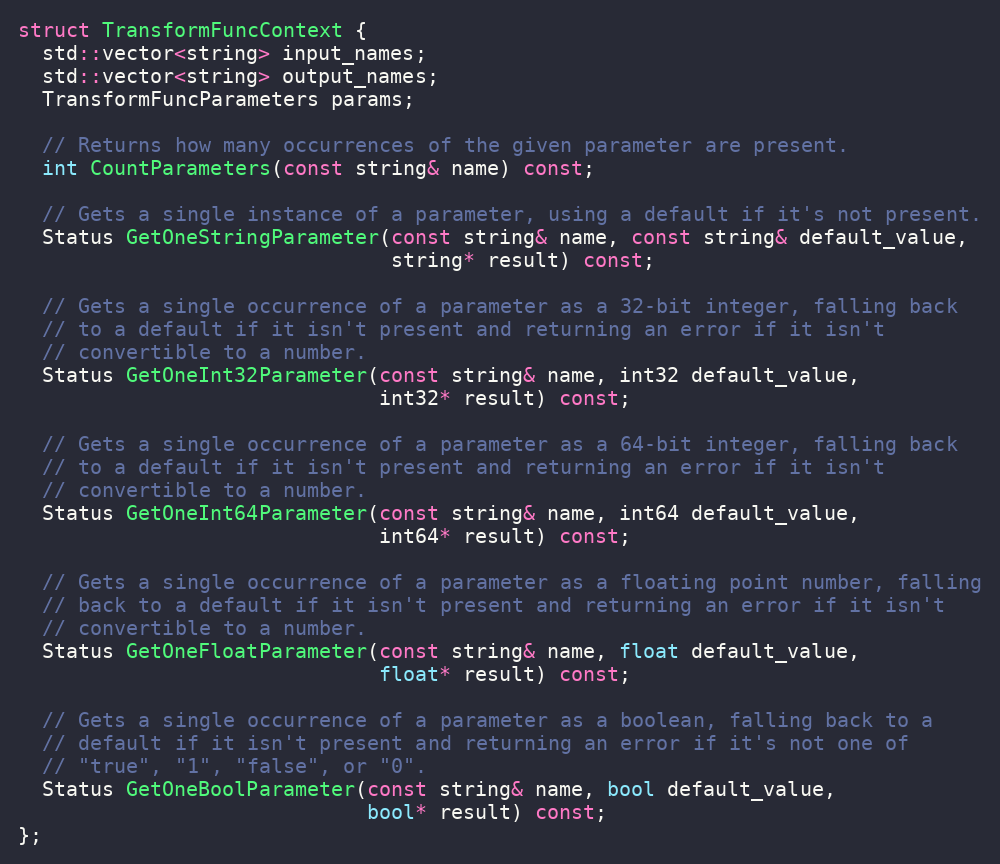
Language: C
struct TransformFuncContext {
  std::vector<string> input_names;
  std::vector<string> output_names;
  TransformFuncParameters params;

  // Returns how many occurrences of the given parameter are present.
  int CountParameters(const string& name) const;

  // Gets a single instance of a parameter, using a default if it's not present.
  Status GetOneStringParameter(const string& name, const string& default_value,
                               string* result) const;

  // Gets a single occurrence of a parameter as a 32-bit integer, falling back
  // to a default if it isn't present and returning an error if it isn't
  // convertible to a number.
  Status GetOneInt32Parameter(const string& name, int32 default_value,
                              int32* result) const;

  // Gets a single occurrence of a parameter as a 64-bit integer, falling back
  // to a default if it isn't present and returning an error if it isn't
  // convertible to a number.
  Status GetOneInt64Parameter(const string& name, int64 default_value,
                              int64* result) const;

  // Gets a single occurrence of a parameter as a floating point number, falling
  // back to a default if it isn't present and returning an error if it isn't
  // convertible to a number.
  Status GetOneFloatParameter(const string& name, float default_value,
                              float* result) const;

  // Gets a single occurrence of a parameter as a boolean, falling back to a
  // default if it isn't present and returning an error if it's not one of
  // "true", "1", "false", or "0".
  Status GetOneBoolParameter(const string& name, bool default_value,
                             bool* result) const;
};